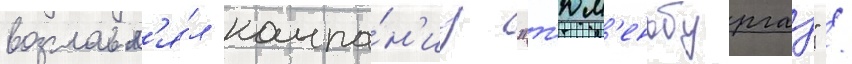
возглавл'я́л компа́н'иу "т'юм'еньбургаз" /